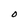
Character: O